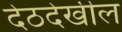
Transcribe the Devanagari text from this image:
देठदेखील